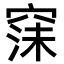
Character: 𮄇